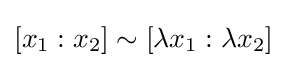
[x_{1}:x_{2}]\sim [\lambda x_{1}:\lambda x_{2}]